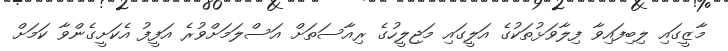
މާޒީގައި ލިބިފައިވާ ފިލާވަޅުތަކުގެ އަލީގައި މަޖިލީހުގެ ރިއާސަތަށް އަސްލަމަށްވުރެ އަފީފު އެކަށީގެންވާ ކަމަށް